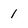
Character: 1